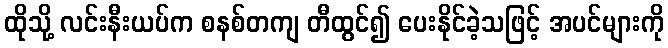
ထိုသို့ လင်းနီးယပ်က စနစ်တကျ တီထွင်၍ ပေးနိုင်ခဲ့သဖြင့် အပင်များကို